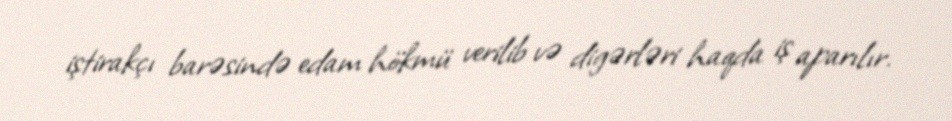
iştirakçı barəsində edam hökmü verilib və digərləri haqda iş aparılır.